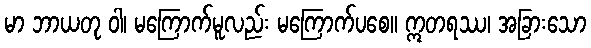
မာ ဘာယတု ဝါ၊ မကြောက်မူလည်း မကြောက်ပစေ။ ဣတရဿ၊ အခြားသော